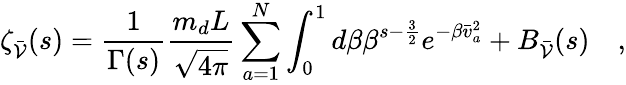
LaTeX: \zeta_{\bar{\cal V}}(s)=\frac{1}{\Gamma(s)}\frac{m_{d}L}{\sqrt{4\pi}}\sum_{a=1}^{N}\int_{0}^{1}d\beta\beta^{s-\frac{3}{2}}e^{-\beta\bar{v}_{a}^{2}}+B_{\bar{\cal V}}(s)\quad,